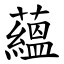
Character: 蘊